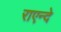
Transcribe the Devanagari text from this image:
राएन्दे